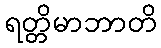
ရတ္တိမာဘာတိ